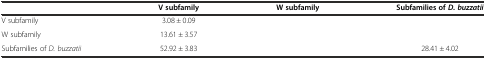
<table><thead><tr><td>[EMPTY_CELL]</td><td><b>V subfamily</b></td><td><b>W subfamily</b></td><td><b>Subfamilies of <i>D. buzzatii</i></b></td></tr></thead><tbody><tr><td>V subfamily</td><td>3.08 ± 0.09</td><td>[EMPTY_CELL]</td><td>[EMPTY_CELL]</td></tr><tr><td>W subfamily</td><td>13.61 ± 3.57</td><td>[EMPTY_CELL]</td><td>[EMPTY_CELL]</td></tr><tr><td>Subfamilies of <i>D. buzzatii</i></td><td>52.92 ± 3.83</td><td>[EMPTY_CELL]</td><td>28.41 ± 4.02</td></tr></tbody></table>